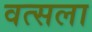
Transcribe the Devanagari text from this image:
वत्‍सला